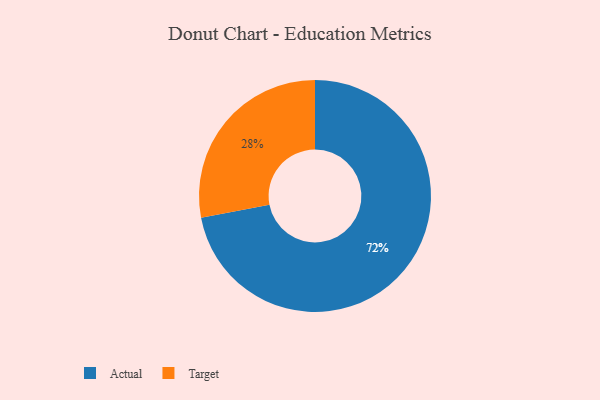
{"axis": {"x": "Category", "y": "Percentage"}, "legend": ["Actual", "Target"], "data": [{"x": "Target", "y": 28, "type": "Target"}, {"x": "Actual", "y": 72, "type": "Actual"}]}